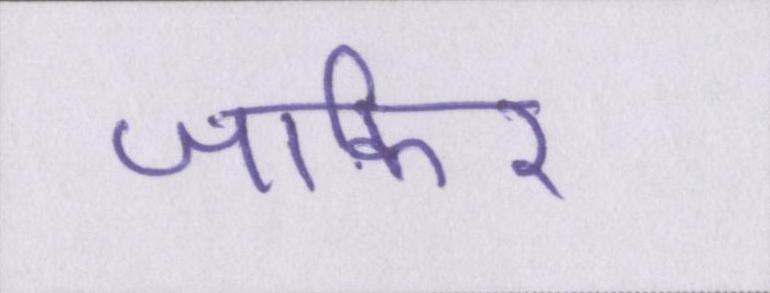
जाकिर